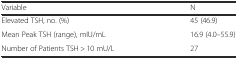
<table><thead><tr><td><b>Variable</b></td><td><b>N</b></td></tr></thead><tbody><tr><td>Elevated TSH, no. (%)</td><td>45 (46.9)</td></tr><tr><td>Mean Peak TSH (range), mIU/mL</td><td>16.9 (4.0–55.9)</td></tr><tr><td>Number of Patients TSH &gt; 10 mU/L</td><td>27</td></tr></tbody></table>